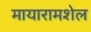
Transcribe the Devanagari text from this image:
मायारामशेल